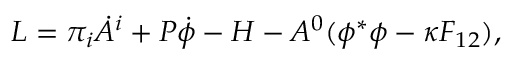
{ \cal L } = \pi _ { i } \dot { A } ^ { i } + P \dot { \phi } - { \cal H } - A ^ { 0 } ( \phi ^ { * } \phi - \kappa F _ { 1 2 } ) ,